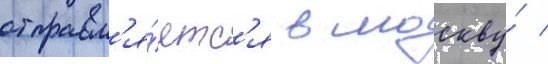
отправл'я́етс'я в москву́ /